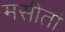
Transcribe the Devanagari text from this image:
मसीतां